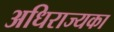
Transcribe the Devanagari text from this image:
अधिराज्यका